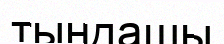
тындашы